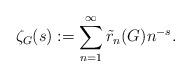
LaTeX: \begin{align*}\zeta_G(s) := \sum_{n=1}^\infty \tilde r_n(G) n^{-s}.\end{align*}